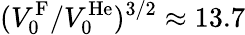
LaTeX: (V_{0}^{\mathrm{F}}/V_{0}^{\mathrm{He}})^{3/2}\approx 13.7